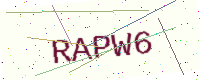
Text: RAPW6